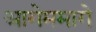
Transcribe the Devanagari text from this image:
आगेममागे